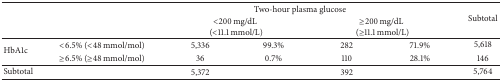
<table><thead><tr><td><b> </b></td><td><b> </b></td><td colspan="4"><b> Two-hour plasma glucose</b></td><td rowspan="2"><b>Subtotal</b></td></tr><tr><td><b> </b></td><td><b> </b></td><td colspan="2"><b>&lt;200 mg/dL (&lt;11.1 mmol/L)</b></td><td colspan="2"><b>≥200 mg/dL (≥11.1 mmol/L)</b></td></tr></thead><tbody><tr><td rowspan="2">HbA1c</td><td>&lt;6.5% (&lt;48 mmol/mol)</td><td>5,336</td><td>99.3%</td><td>282</td><td>71.9%</td><td>5,618</td></tr><tr><td>≥6.5% (≥48 mmol/mol)</td><td>36</td><td>0.7%</td><td>110</td><td>28.1%</td><td>146</td></tr><tr><td>Subtotal</td><td> </td><td>5,372</td><td> </td><td>392</td><td> </td><td>5,764</td></tr></tbody></table>